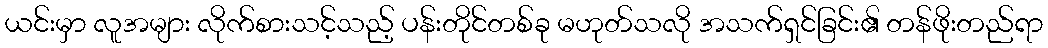
ယင်းမှာ လူအများ လိုက်စားသင့်သည့် ပန်းတိုင်တစ်ခု မဟုတ်သလို အသက်ရှင်ခြင်း၏ တန်ဖိုးတည်ရာ